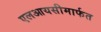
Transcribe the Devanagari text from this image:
एलआयसीमार्फत